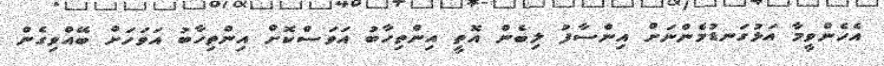
އެހެންވީމާ އަޅުގަނޑުމެންނަށް އިންސާފު ލިބެން އޮތީ އިންތިހާބު އަވަސްކޮށް އިންތިހާބު އަވަހަށް ބޭއްވިގެން